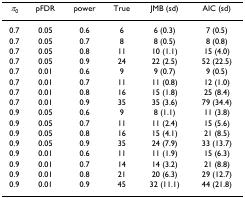
<table><thead><tr><td><b><i>π</i><sub>0</sub></b></td><td><b>pFDR</b></td><td><b>power</b></td><td><b>True</b></td><td><b>JMB (sd)</b></td><td><b>AIC (sd)</b></td></tr></thead><tbody><tr><td>0.7</td><td>0.05</td><td>0.6</td><td>6</td><td>6 (0.3)</td><td>7 (0.5)</td></tr><tr><td>0.7</td><td>0.05</td><td>0.7</td><td>8</td><td>8 (0.5)</td><td>8 (0.8)</td></tr><tr><td>0.7</td><td>0.05</td><td>0.8</td><td>11</td><td>10 (1.1)</td><td>15 (4.0)</td></tr><tr><td>0.7</td><td>0.05</td><td>0.9</td><td>24</td><td>22 (2.5)</td><td>52 (22.5)</td></tr><tr><td>0.7</td><td>0.01</td><td>0.6</td><td>9</td><td>9 (0.7)</td><td>9 (0.5)</td></tr><tr><td>0.7</td><td>0.01</td><td>0.7</td><td>11</td><td>11 (0.8)</td><td>12 (1.0)</td></tr><tr><td>0.7</td><td>0.01</td><td>0.8</td><td>16</td><td>15 (1.8)</td><td>25 (8.4)</td></tr><tr><td>0.7</td><td>0.01</td><td>0.9</td><td>35</td><td>35 (3.6)</td><td>79 (34.4)</td></tr><tr><td>0.9</td><td>0.05</td><td>0.6</td><td>9</td><td>8 (1.1)</td><td>11 (3.8)</td></tr><tr><td>0.9</td><td>0.05</td><td>0.7</td><td>11</td><td>11 (2.4)</td><td>15 (5.6)</td></tr><tr><td>0.9</td><td>0.05</td><td>0.8</td><td>16</td><td>15 (4.1)</td><td>21 (8.5)</td></tr><tr><td>0.9</td><td>0.05</td><td>0.9</td><td>35</td><td>24 (7.9)</td><td>33 (13.7)</td></tr><tr><td>0.9</td><td>0.01</td><td>0.6</td><td>11</td><td>11 (1.9)</td><td>15 (6.3)</td></tr><tr><td>0.9</td><td>0.01</td><td>0.7</td><td>14</td><td>14 (3.2)</td><td>21 (8.8)</td></tr><tr><td>0.9</td><td>0.01</td><td>0.8</td><td>21</td><td>20 (6.3)</td><td>29 (12.7)</td></tr><tr><td>0.9</td><td>0.01</td><td>0.9</td><td>45</td><td>32 (11.1)</td><td>44 (21.8)</td></tr></tbody></table>